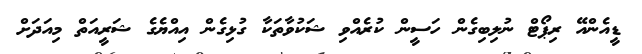
ޑީއެންއޭ ރިޕޯޓް ނުލިބިގެން ހަސީން ކުރެއްވި ޝަކުވާތަކާ ގުޅިގެން އިއްޔެގެ ޝަރީއަތް މިއަދަށް